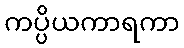
ကပ္ပိယကာရကာ